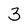
Character: 3